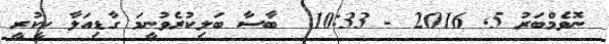
ނޮވެމްބަރު 5